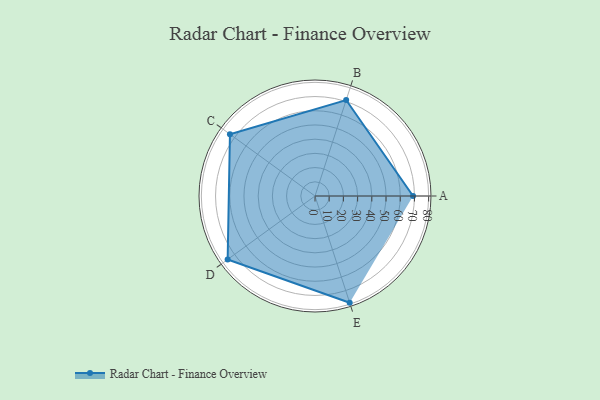
{"axis": {"x": "Skill", "y": "Score"}, "legend": ["Profile"], "data": [{"x": "A", "y": 69.0, "type": "Profile"}, {"x": "B", "y": 71.0, "type": "Profile"}, {"x": "C", "y": 74.0, "type": "Profile"}, {"x": "D", "y": 76.0, "type": "Profile"}, {"x": "E", "y": 79.0, "type": "Profile"}]}